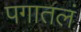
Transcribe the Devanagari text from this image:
पगातलं